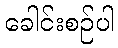
ခေါင်းစဉ်ပါ